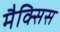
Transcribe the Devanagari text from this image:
मैक्सिस